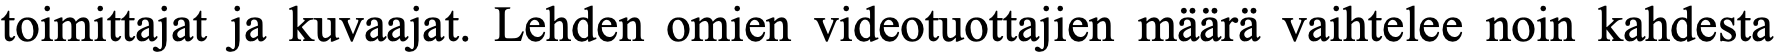
toimittajat ja kuvaajat. Lehden omien videotuottajien määrä vaihtelee noin kahdesta